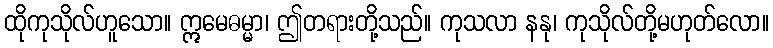
ထိုကုသိုလ်ဟူသော။ ဣမေဓမ္မာ၊ ဤတရားတို့သည်။ ကုသလာ နနု၊ ကုသိုလ်တို့မဟုတ်လော။